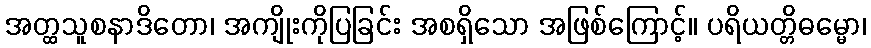
အတ္ထသူစနာဒိတော၊ အကျိုးကိုပြခြင်း အစရှိသော အဖြစ်ကြောင့်။ ပရိယတ္တိဓမ္မော၊